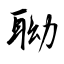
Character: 聈